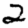
Digit: 2